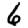
Digit: 6